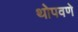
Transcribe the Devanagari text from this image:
थोपवणे